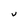
Character: v